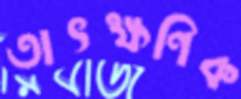
তাৎক্ষণিক